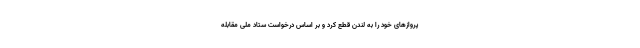
پروازهای خود را به لندن قطع کرد و بر اساس درخواست ستاد ملی مقابله